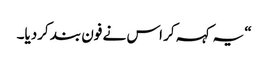
“ یہ کہہ کر اس نے فون بند کردیا۔